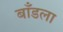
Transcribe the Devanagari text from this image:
बाँडला